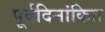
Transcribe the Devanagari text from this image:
पूर्वदिनांकित